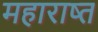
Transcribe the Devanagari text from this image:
महाराष्त